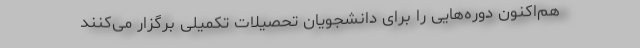
هم‌اکنون دوره‌هایی را برای دانشجویان تحصیلات تکمیلی برگزار می‌کنند